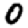
Digit: 0